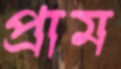
প্রাম